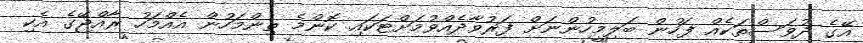
އޭގެ ދުވަސްތަކެއް ފަހުން ބަލިމީހުންނަށް ފަރުވާދެއްވުމަށްޓަކައި ކޮންމެ ތިންމަހުން އެއްމަހު ރާއްޖޭގެ އެކި